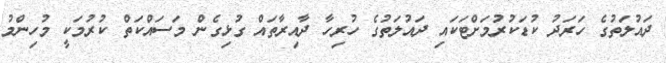
ދައުލަތުގެ ހަރަދު ކުޑަކުރުމަށްޓަކައި ދައުލަތުގެ ހުރިހާ ދާއިރާތައް ގުޅިގެން މަސައްކަތް ކުރުމަކީ މުހިންމު